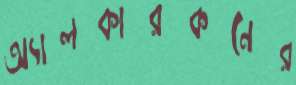
অ্যালকারকনের